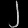
Digit: ၂